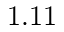
1 . 1 1